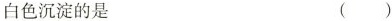
白色沉淀的是 （ ）